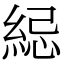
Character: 䋟